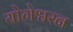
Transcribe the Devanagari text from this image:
योगेश्वरन